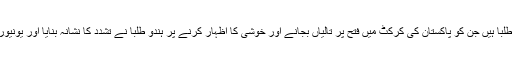
جس کی مثال میرٹھ کی سبھارتی یونیورسٹی میں پڑھنے والے کشمیری طلبا ہیں جن کو پاکستان کی کرکٹ میں فتح پر تالیاں بجانے اور خوشی کا اظہار کرنے پر ہندو طلبا نے تشدد کا نشانہ بنایا اور یونیورسٹی انتظامیہ نے ان 100سے زائد طلبا کو یونیورسٹی سے ہی نکال دیا۔